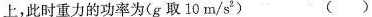
上，此时中立的功率为（g取10m/s^{2}( )